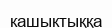
кашыктыққа